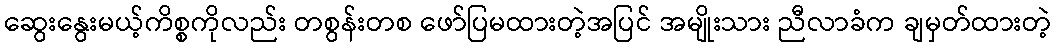
ဆွေးနွေးမယ့်ကိစ္စကိုလည်း တစွန်းတစ ဖော်ပြမထားတဲ့အပြင် အမျိုးသား ညီလာခံက ချမှတ်ထားတဲ့